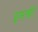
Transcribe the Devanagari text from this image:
इमकी